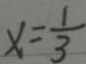
x = \frac { 1 } { 3 }